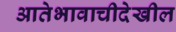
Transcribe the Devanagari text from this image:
आतेभावाचीदेखील